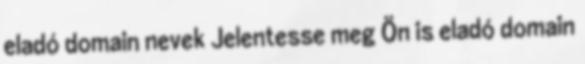
eladó domain nevek Jelentesse meg Ön is eladó domain